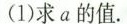
(1)求a的值.